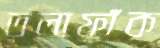
তলাফাঁক